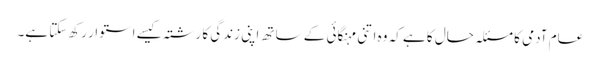
عام آدمی کا مسئلہ حال کا ہے کہ وہ اتنی مہنگائی کے ساتھ اپنی زندگی کا رشتہ کیسے استوار رکھ سکتا ہے۔